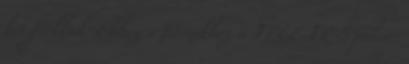
két fiókkal. Ehhez a termékhez a FREE FR-5 polcos